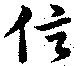
信